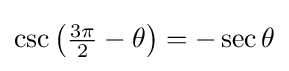
\csc \left({\tfrac {3\pi }{2}}-\theta \right)=-\sec \theta